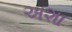
અશા